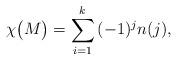
LaTeX: \begin{align*}\chi\bigl(M\bigr)=\sum_{i=1}^k\,(-1)^jn(j),\end{align*}